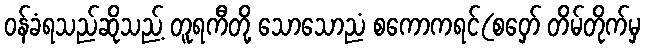
ဝန်ခံရသည်ဆိုသည့် တူရကီတို့ သောသောညံ စကောကရင်(စဝှော် တိမ်တိုက်မှ